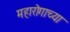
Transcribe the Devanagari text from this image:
महारोगाच्या